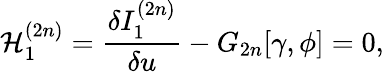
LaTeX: {\cal H}_{1}^{(2n)}=\frac{\delta I_{1}^{(2n)}}{\delta u}-G_{2n}[\gamma,\phi]=0,